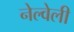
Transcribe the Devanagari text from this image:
नेल्वेली